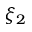
\xi _ { 2 }